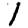
Digit: 1